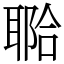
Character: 鿢